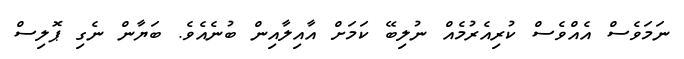
ނަމަވެސް އެއްވެސް ކުރިއެރުމެއް ނުލިބޭ ކަމަށް އާއިލާއިން ބުނެއެވެ. ބަޔާން ނެގި ޕޮލިސް